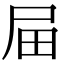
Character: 屇